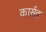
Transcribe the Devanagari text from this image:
कार्सव